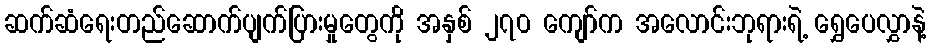
ဆက်ဆံရေးတည်ဆောက်ပျက်ပြားမှုတွေကို အနှစ် ၂၇၀ ကျော်က အလောင်းဘုရားရဲ့ ရွှေပေလွှာနဲ့